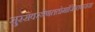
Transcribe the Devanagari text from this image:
सुरसवस्त्रेणततोमांजिष्ठवाससा